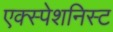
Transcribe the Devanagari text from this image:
एक्स्पेशनिस्ट